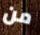
من